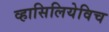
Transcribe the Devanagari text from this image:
व्हासिलियेविच